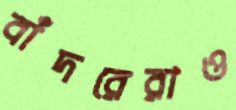
বাঁদরেরাও